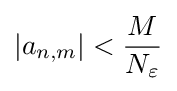
\left|a_{n,m}\right|<{\frac {M}{N_{\varepsilon }}}